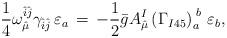
LaTeX: \begin{align*} \frac{1}{4}\omega_{\hat{\mu}}^{\hat{i}\hat{j}}\gamma_{\hat{i}\hat{j}}\, \varepsilon_a\,=\,-\frac{1}{2}\bar{g}A_{\hat{\mu}}^{I}\left(\Gamma_{I45}\right)_a^{\;b}\, \varepsilon_b,\end{align*}